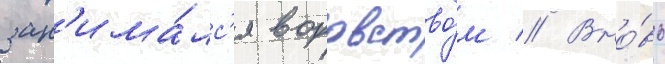
зан'има́лс'я воровство́м // Вно́вь